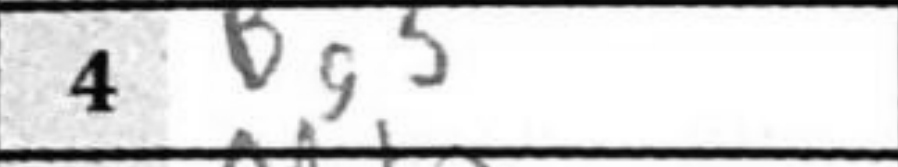
Transcription: Bg5